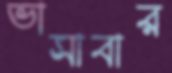
ভাসাবার